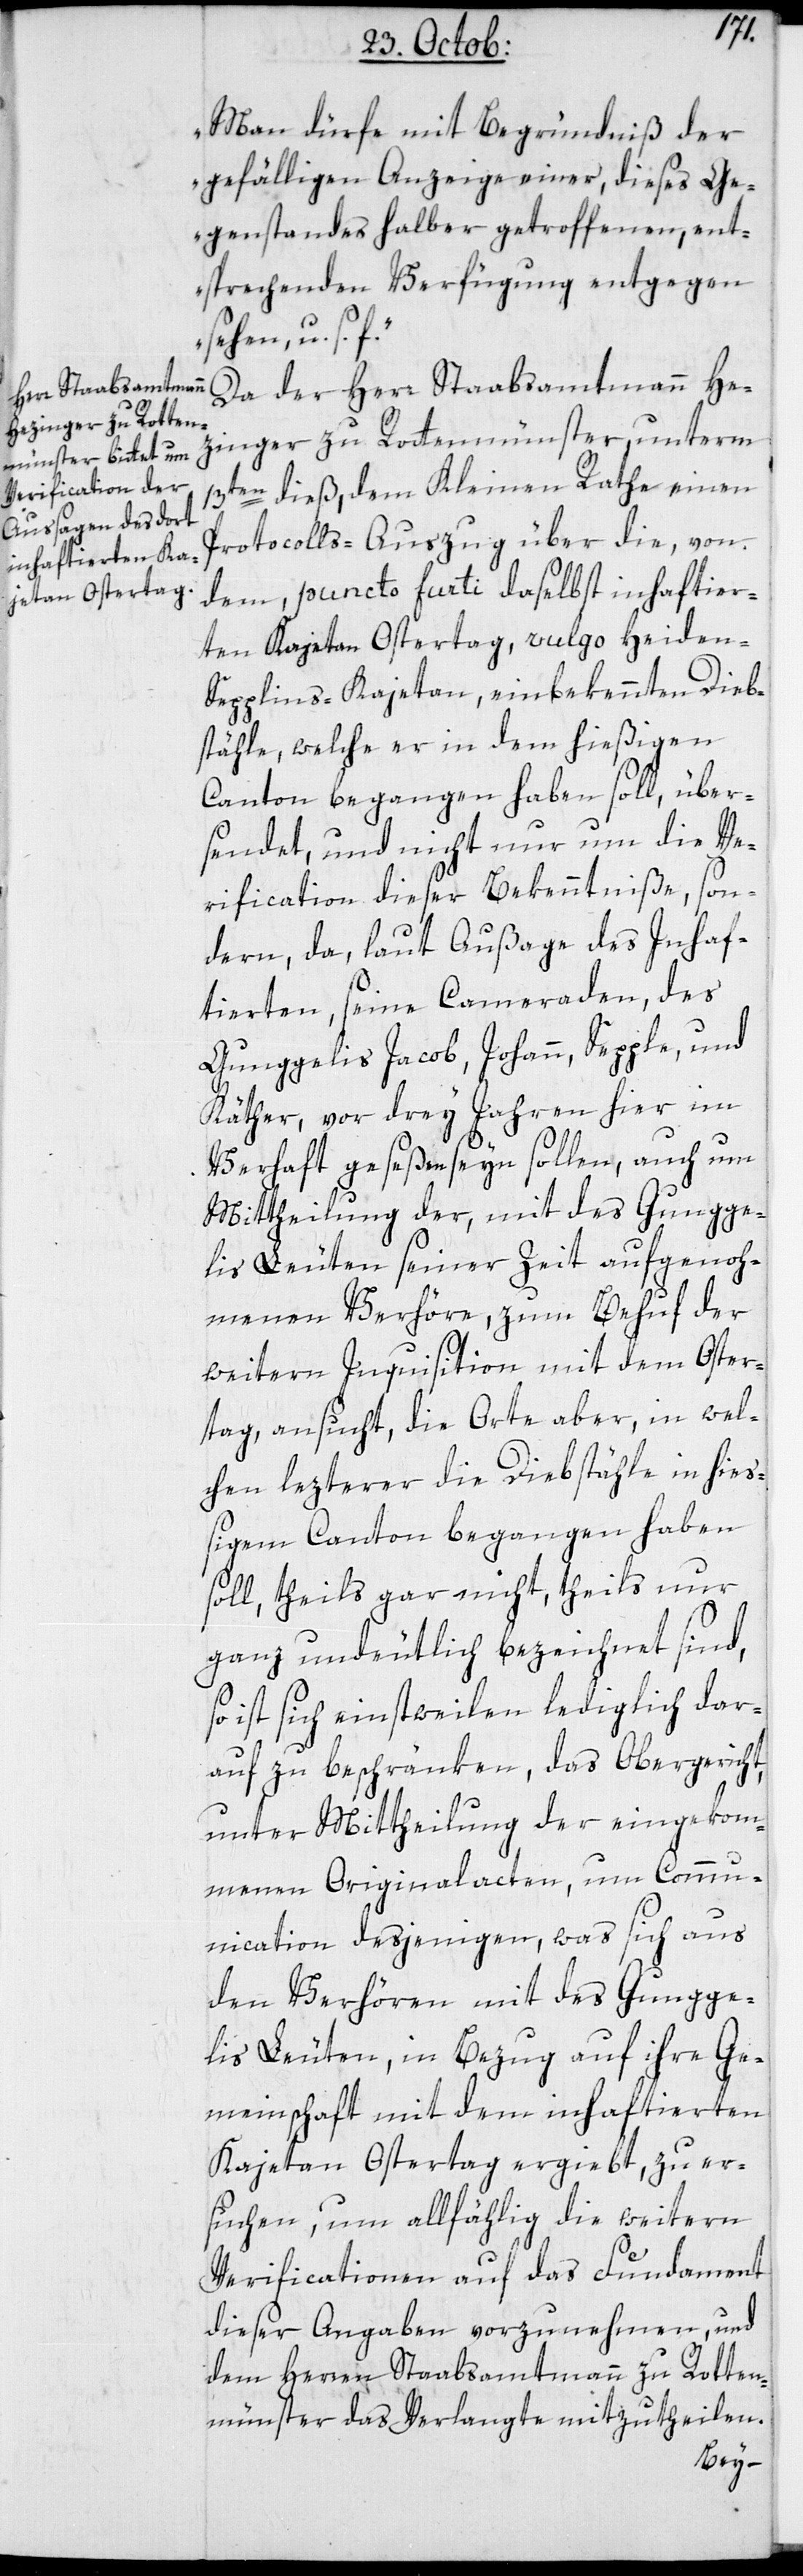
Man dürfe mit Begründnis der
gefälligen Anzeige einer, dieses Ge¬
genstandes halber getroffenen ent¬
sprechenden Verfügung entgegen
sehen, u. s.
Da der Herr Staabsammtmann He¬
zinger zu Rottenmünster, unterm
13ten dieß, dem Kleinen Rathe einen
Protocolls-Auszug über die, von
dem, puncto furti daselbst inhaftier¬
ten Kajetan Ostertag, vulgo Heiden-S¬
epplins-Kajetan, einbekennten Dieb¬
stähle, welche er in dem hießigen
Canton begangen haben soll, über¬
sendet, und nicht nur um die Ve¬
rification dieser Bekenntniße, son¬
dern, da, laut Außage des Inhaf¬
tierten, seine Cameraden, des
Gunggelis Jacob, Johann, Sepple, und
Käther, vor drey Jahren hier im
Verhaft gewesen seyn sollen, auch um
Mittheilung der, mit des Gungge¬
lis Leuten seiner Zeit aufgenoh¬
menen Verhöre, zum Behuf der
weitern Inquisition mit dem Oster¬
tag, ansucht, die Orte aber, in wel¬
chen lezterer die Diebstähle in hieß¬
igem Canton begangen haben
soll, theils gar nicht, theils nur
ganz undeutlich bezeichnet sind,
so ist sich einstweilen lediglich dar¬
auf zu beschränken, das Obergericht,
unter Mittheilung der eingekom¬
menen Originalacten, um Comm¬
unication desjenigen, was sich aus
den Verhören mit des Gungge¬
lis Leuten, in Bezug auf ihre Ge¬
meinschaft mit dem inhaftierten
Kajetan Ostertag ergiebt, zu er¬
suchen, um allfällig die weitern
Verificationen auf das Fundament
dieser Angaben vorzunehmen, und
dem Herren Staabsammtmann zu Rotten¬
münster das Verlangte mitzutheilen.